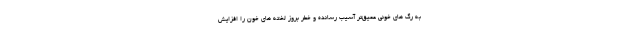
به رگ های خونی عمیق‌تر آسیب رسانده و خطر بروز لخته های خون را افزایش